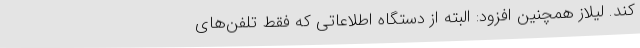
کند. لیلاز همچنین افزود: البته از دستگاه اطلاعاتی که فقط تلفن‌های